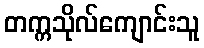
တက္ကသိုလ်ကျောင်းသူ